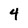
Character: 4